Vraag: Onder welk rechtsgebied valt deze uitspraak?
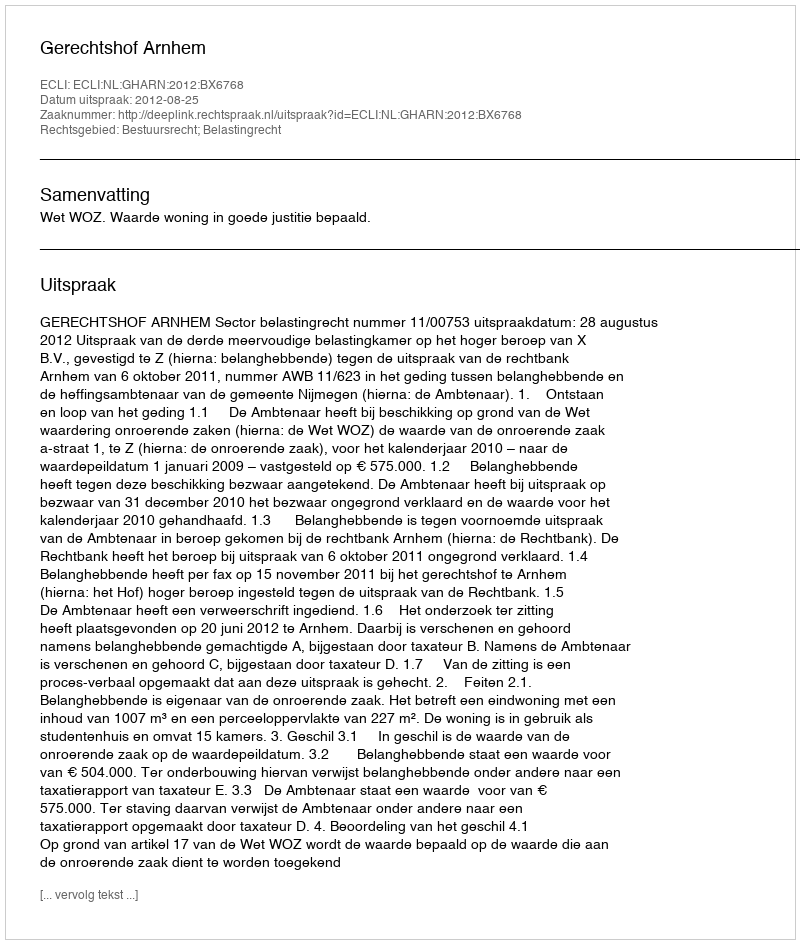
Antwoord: Bestuursrecht; Belastingrecht